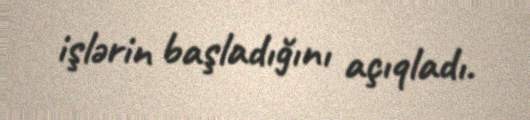
işlərin başladığını açıqladı.